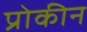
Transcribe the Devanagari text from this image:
प्रोकीन